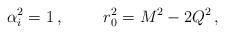
LaTeX: \begin{align*}\alpha_{i}^{2}=1\, ,\hspace{1cm}r_{0}^{2} = M^{2} -2Q^{2}\, ,\end{align*}